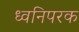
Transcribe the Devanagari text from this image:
ध्वनिपरक